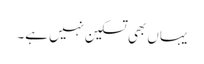
یہاں بھی تسکین نہیں ہے۔